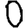
Digit: 0